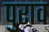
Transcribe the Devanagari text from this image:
पुराव